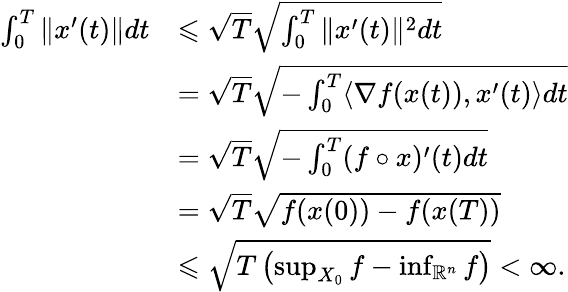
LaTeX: \begin{array}{rl}{\int_{0}^{T}\| x^{\prime}(t)\| dt}&{\leqslant\sqrt{T}\sqrt{\int_{0}^{T}\| x^{\prime}(t)\| ^{2}dt}}\\ &{=\sqrt{T}\sqrt{-\int_{0}^{T}\langle\nabla f(x(t)),x^{\prime}(t)\rangle dt}}\\ &{=\sqrt{T}\sqrt{-\int_{0}^{T}(f\circ x)^{\prime}(t)dt}}\\ &{=\sqrt{T}\sqrt{f(x(0))-f(x(T))}}\\ &{\leqslant\sqrt{T\left(\operatorname*{sup}_{X_{0}}f-\operatorname*{inf}_{\mathbb{R}^{n}}f\right)}<\infty.}\end{array}